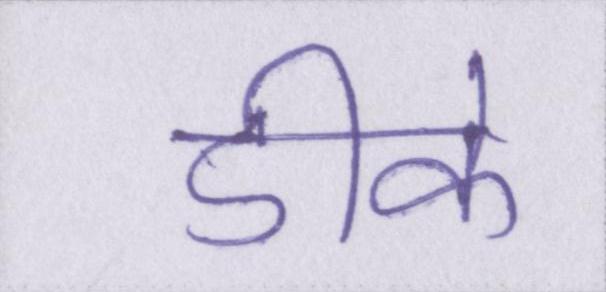
डीके